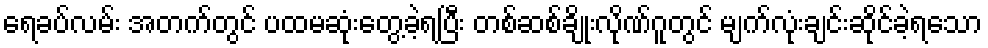
ရေခပ်လမ်း အတက်တွင် ပထမဆုံးတွေ့ခဲ့ရပြီး တစ်ဆစ်ချိုးလိုဏ်ဂူတွင် မျက်လုံးချင်းဆိုင်ခဲ့ရသော